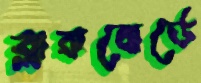
ব্লাকবোর্ডে